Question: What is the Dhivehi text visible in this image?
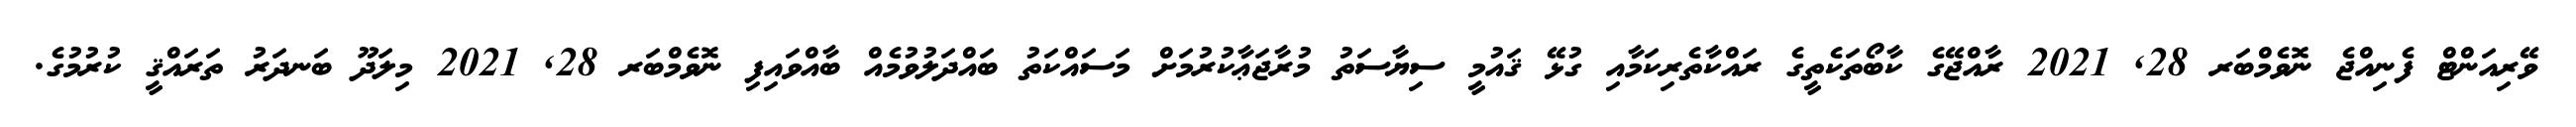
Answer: ވޭރިއަންޓް ފެނިއްޖެ ނޮވެމްބަރ 28, 2021 ރާއްޖޭގެ ކާބޯތަކެތީގެ ރައްކާތެރިކަމާއި ގުޅޭ ޤައުމީ ސިޔާސަތު މުރާޖަޢާކުރުމަށް މަސައްކަތު ބައްދަލުވުމެއް ބާއްވައިފި ނޮވެމްބަރ 28, 2021 މިލަދޫ ބަނދަރު ތަރައްޤީ ކުރުމުގެ.